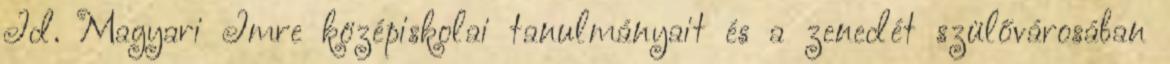
Id. Magyari Imre középiskolai tanulmányait és a zenedét szülővárosában